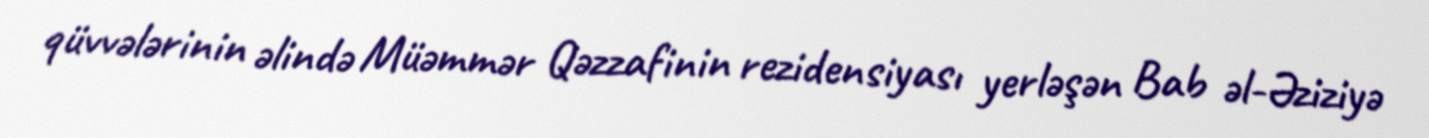
qüvvələrinin əlində Müəmmər Qəzzafinin rezidensiyası yerləşən Bab əl-Əziziyə